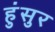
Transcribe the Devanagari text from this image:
हुंसुर